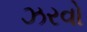
ઝરવો